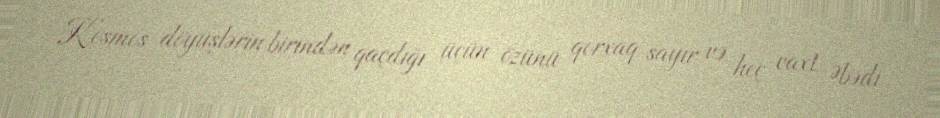
Kosmos döyüşlərin birindən qaçdığı üçün özünü qorxaq sayır və heç vaxt Əbədi